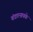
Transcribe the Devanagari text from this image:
बंडारनायके